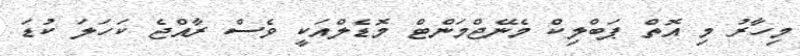
މިހާރު މި އޮތް ޕަބްލިކް މެނޭޖްމަންޓް މޮޑެލްއަކީ ވެސް ރާއްޖެ ކަހަލަ ކުޑަ